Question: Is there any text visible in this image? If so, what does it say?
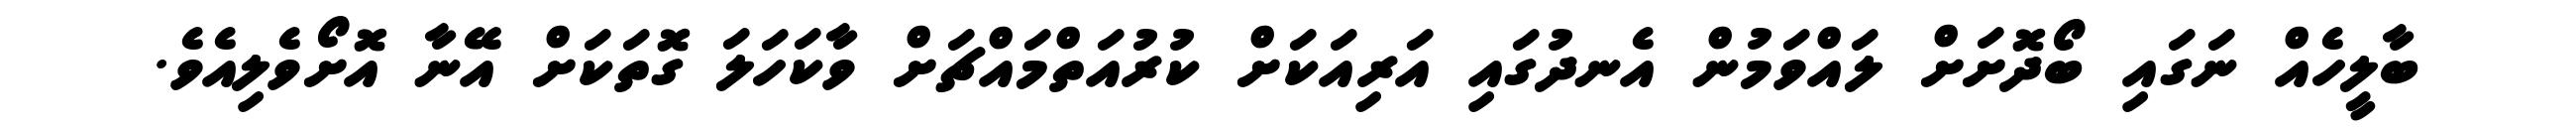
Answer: ބާލީހެއް ނަގައި ބޯދޮށަށް ލައްވަމުން އެނދުގައި އަރިއަކަށް ކުރުއަތްމައްޗަށް ވާކަހަލަ ގޮތަކަށް އޭނާ އޮށޯވެލިއެވެ.